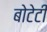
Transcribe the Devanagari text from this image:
बोटेटी